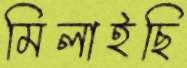
মিলাইছি